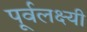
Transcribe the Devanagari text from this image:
पूर्वलक्ष्यी